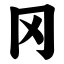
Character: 冈